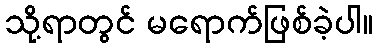
သို့ရာတွင် မရောက်ဖြစ်ခဲ့ပါ။